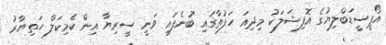
އޯޕީސީޑަބްލިޔުގެ އޮފިޝަލަކު މިދިއަ ހަފުތާގައި ބުނެފައި ވަނީ ސީރިޔާ އިން ކެމިކަލް ހަތިޔާރު